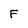
Character: F